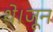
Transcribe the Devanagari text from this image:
थे।जून